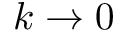
k \rightarrow 0